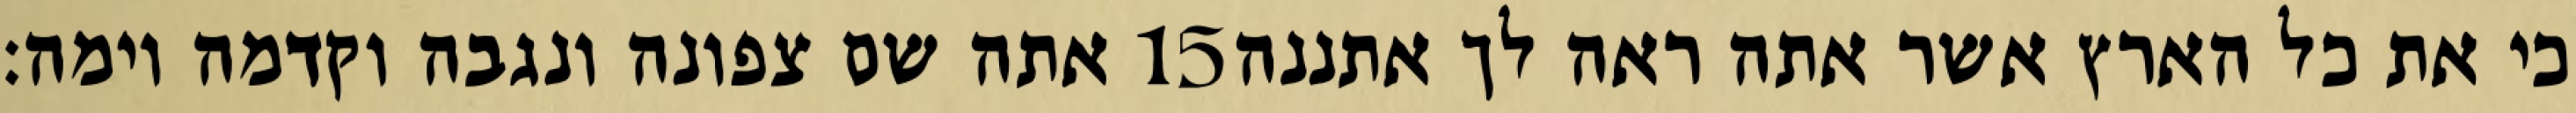
אתה שם צפונה ונגבה וקדמה וימה׃ ‎15‏ כי את כל הארץ אשר אתה ראה לך אתננה